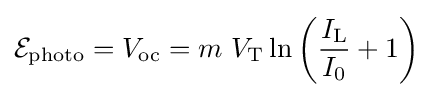
{\mathcal {E}}_{\mathrm {photo} }=V_{\text{oc}}=m\ V_{\mathrm {T} }\ln \left({\frac {I_{\text{L}}}{I_{0}}}+1\right)\